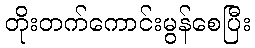
တိုးတက်ကောင်းမွန်စေပြီး